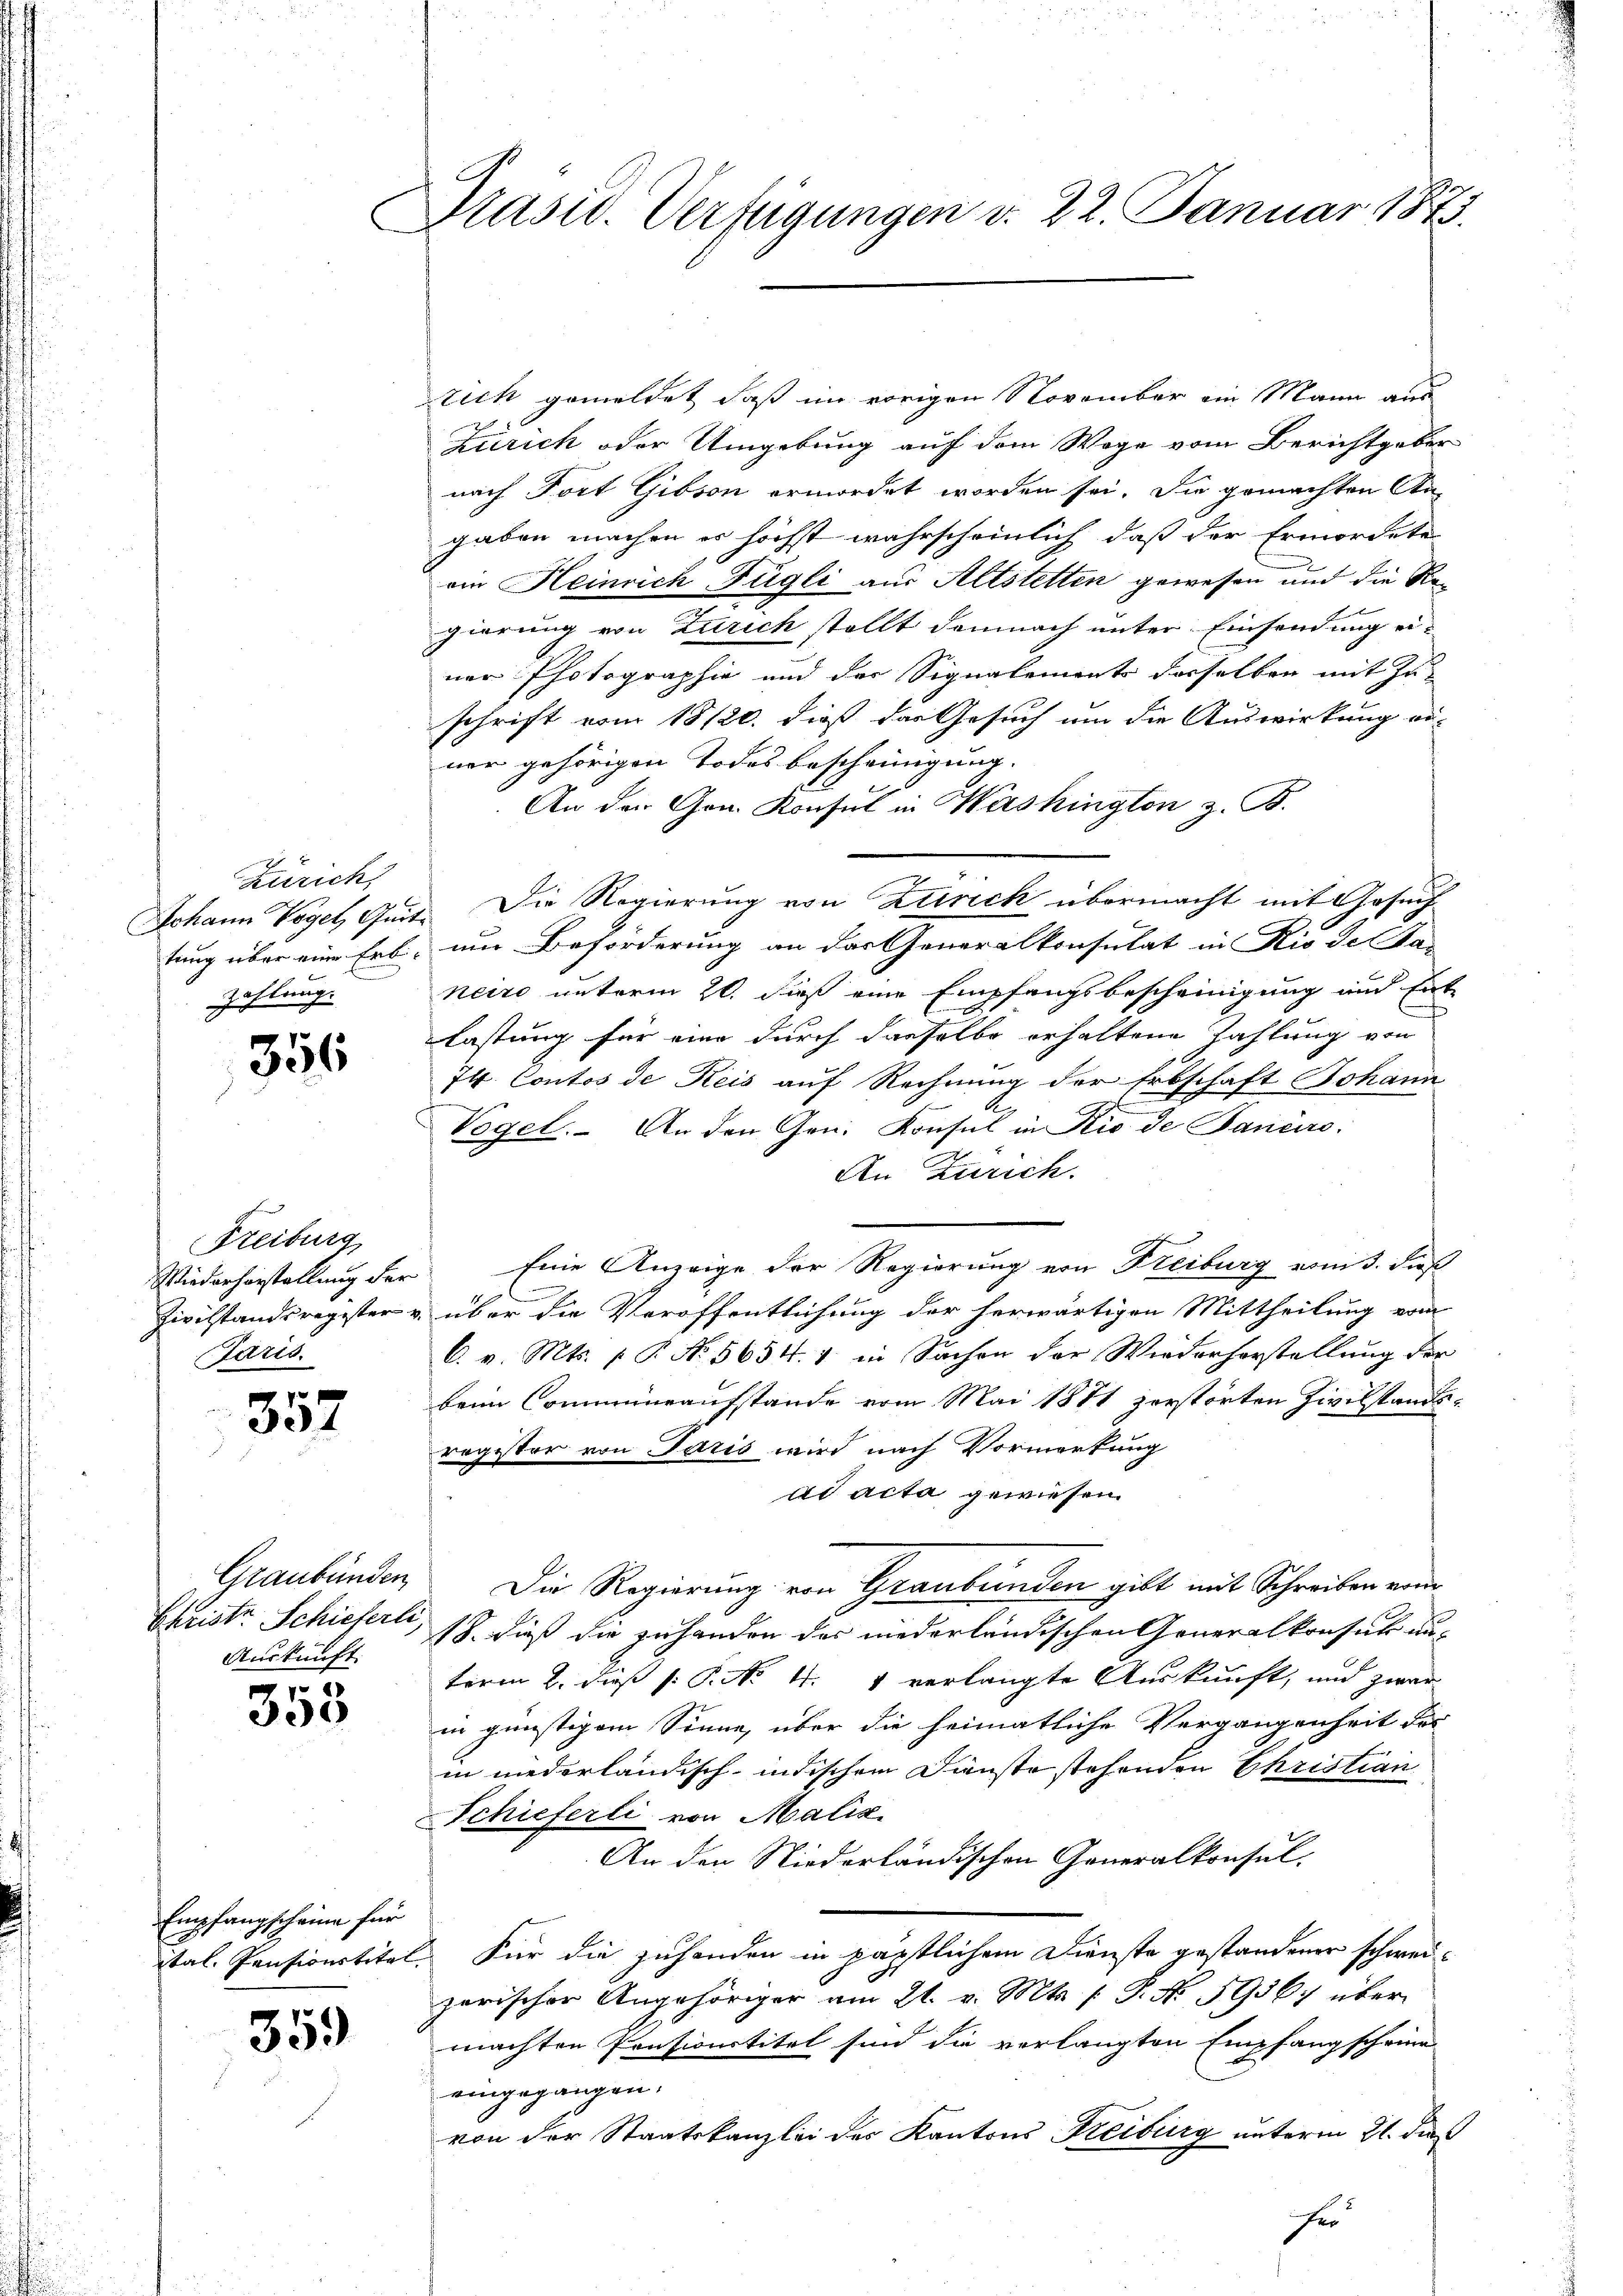
Zürich,
zahlung.

356

Freiburg,
Paris.

352

Auskunft.

353

Empfangscheine für

359

Präsid. Verfügungen d. 22. Januar 1873.

rich gemeldet, daß im vorigen November ein Mann aus
Zürich oder Umgebung auf dem Wege vom Berichtgeber
nach Fort Gibson ermordet worden sei. Die gemachten An-
gaben machen es höchst wahrscheinlich, daß der Ermordete
ein Heinrich Fügli aus Altstetten gewesen und die Regierung von Zürich stellt demnach unter Einsendung einer Photographie und der Signalements derselben mit Zu-
schrift vom 18/20. dieß das Gesuch um die Auswirkung ei-
ner gehörigen Todes bescheinigung.
An den Gon. Konsul in Washington z. B.
Johann Vogel, Zeit. Die Regierung von Zutrich übermacht mit Gesuch
tung über eine Erb, um Beförderung an der Generalkonsulat in Rio de sa-
neiro unterm 20. dieß eine Empfangsbescheinigung und Ent-
lastung für eine durch dasselbe erhaltene Zahlung von
74 Contos de Reis auf Rechnung der Erbschaft Johann
A.
Vogel. An den Gen. Konsul in Rio de Janeiro
An Zürich.
Wiederhorstellung der Eine Anzeige der Regierung von Freiburg vom 3. dieß
Zivilstandsregister u. über die Veröffentlichung der herwärtigen Mittheilung vom
C. v. Mts. p. P. No. 5654. 7. in Sachen der Wiederhorstellung der
beim Commineaufstande vom Mai 1881 zerstörten Zivilstandsregister von Paris wird nach Vormerkung
ad acta gewiesen.
Graubünden Die Regierung von Graubünden gibt mit Schreiben vom
Christr. Schieferli, 18. dieß die zuhanden das niederländischen Generalkonsul aus
term 2. dieß P. P. Nr. 4. 4 verlangte Auskunft, und zwar
in günstigem Sinne, über die heimatliche Vergangenheit der
in niederländisch-indischem Dienste stehenden Christian
Schieferli von Maliz.
An den Niederländischen Generalkonsul-
tal. Pensionstitel. Für die zuhanden in päpstlichem Dienste gestandener schweizerischer Angehöriger am 21. v. Mts. f. P. No. 5956; über
machten Pensionstitel sind die verlangten Empfangscheine
eingegangen.
von der Staatskanzlei des Kantons Freiburg unterm 21. daß
fer